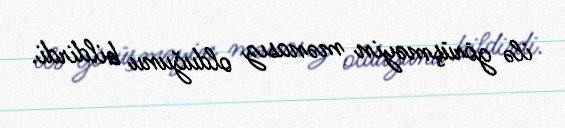
ilə görüşməyin mənasız olduğunu bildirdi.